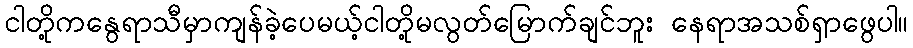
ငါတို့ကနွေရာသီမှာကျန်ခဲ့ပေမယ့်ငါတို့မလွတ်မြောက်ချင်ဘူး နေရာအသစ်ရှာဖွေပါ။